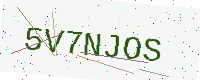
Text: 5V7NJOS